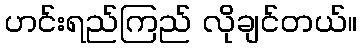
ဟင်းရည်ကြည် လိုချင်တယ်။